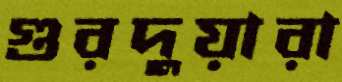
গুরদুয়ারা